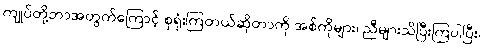
ကျုပ်တို့ဘာအတွက်ကြောင့် စုရုံးကြတယ်ဆိုတာကို အစ်ကိုများ၊ ညီများသိပြီးကြပါပြီး၊